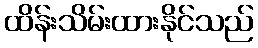
ထိန်းသိမ်းထားနိုင်သည်